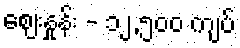
ဈေးနှုန်း - ၁၂,၅၀၀ ကျပ်